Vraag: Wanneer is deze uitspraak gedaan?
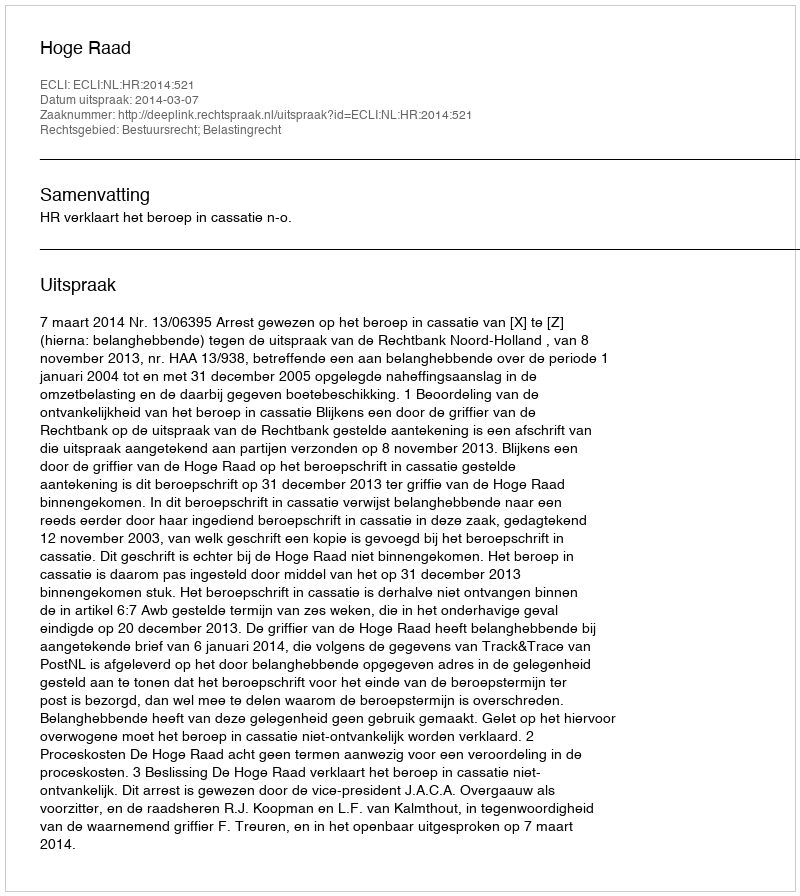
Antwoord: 2014-03-07